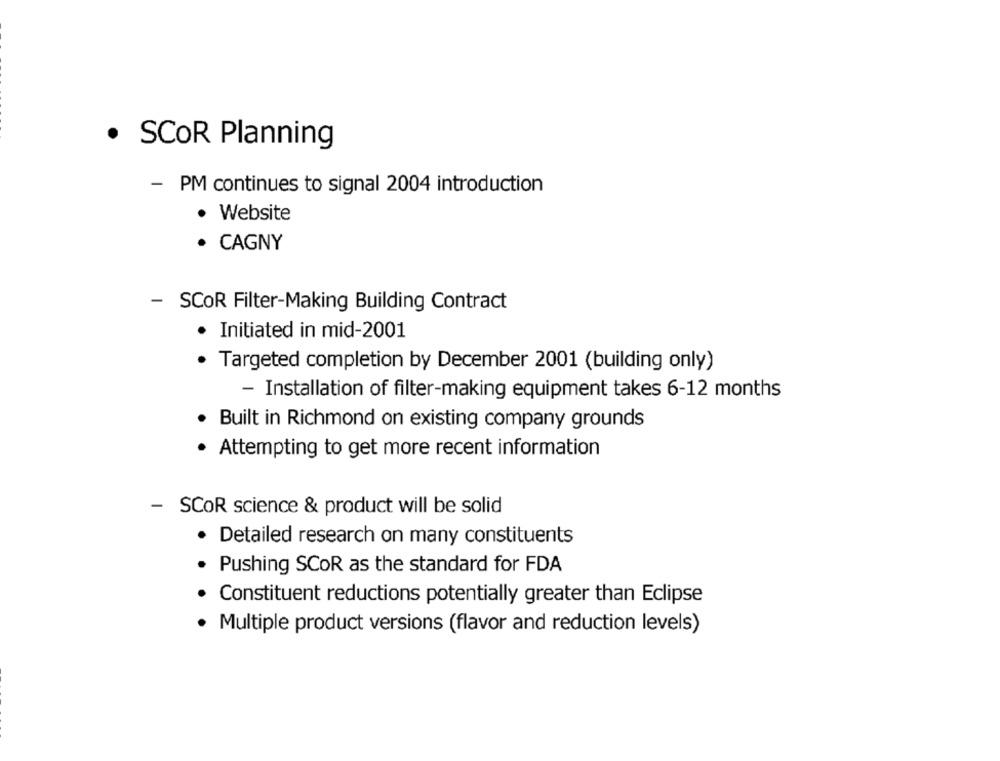
· SCOR Planning
- PM continues to signal 2004 introduction
· Website
· CAGNY
- SCOR Filter-Making Building Contract
Initiated in mid-2001
· Targeted completion by December 2001 (building only)
- Installation of filter-making equipment takes 6-12 months
Built in Richmond on existing company grounds
Attempting to get more recent information
- SCOR science & product will be solid
· Detailed research on many constituents
Pushing SCOR as the standard for FDA
Constituent reductions potentially greater than Eclipse
Multiple product versions (flavor and reduction levels)